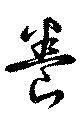
養